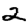
Digit: 2